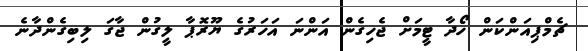
ޗެމްޕިއަންކަން ހޯދާ ޓީމަށް ޖެހިގެން އަންނަ އަހަރުގެ ޔޫރޮޕާ ލީގުން ޖާގަ ލިބިގެންދާނެ